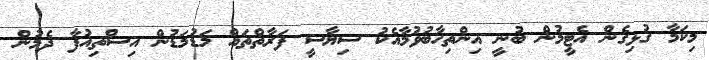
މިކަމާ ގުޅިގެން އެޓީމުން ބުނީ އިންތިހާބުވުމާއެކު ސިޔާސީ ފަރާތްތައް މަޑުމަޑުން އިސްތިއުފާ ދެމުން